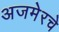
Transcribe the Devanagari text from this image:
अजमेरचे